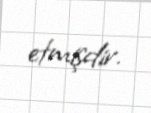
etmişdir.